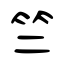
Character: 竺